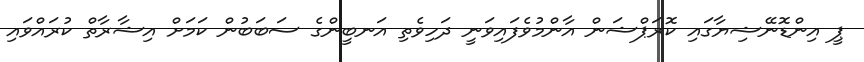
ޕީ އިންޑޮނޭޝިޔާގައި ކޮރަޕްޝަން އާންމުވެފައިވަނީ ދަހިވެތި އަނބީންގެ ސަބަބުން ކަމަށް އިޝާރާތް ކުރައްވައި